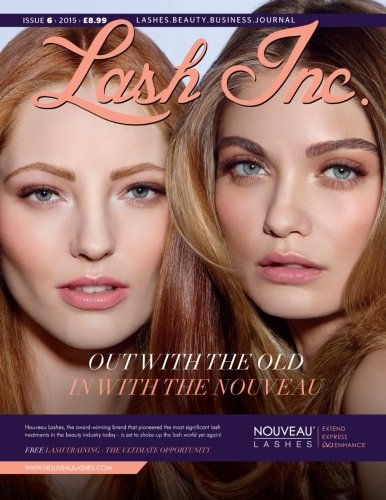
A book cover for Lash Inc - Issue 6; Chrysalis House Publishing; Education & Teaching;